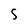
Character: S